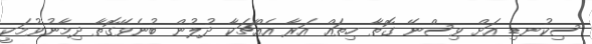
ސިކުނޑި އަށް ވިސްނޭ ގޮތާ ހިތައް އަރާ އެއްޗަކާ ދުލުން ބުނެވޭގޮތާ ދިމާނުވުމަކީ